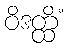
ဝိဒတ္ထိံ